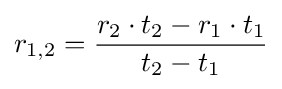
r_{1,2}={\frac {r_{2}\cdot t_{2}-r_{1}\cdot t_{1}}{t_{2}-t_{1}}}